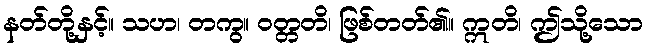
နတ်တို့နှင့်။ သဟ၊ တကွ။ ဝတ္တတိ၊ ဖြစ်တတ်၏။ ဣတိ၊ ဤသို့သော